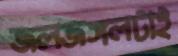
জলজঙ্গলটাই